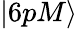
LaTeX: |6pM\rangle